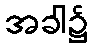
အခါ၌